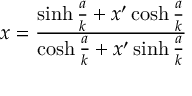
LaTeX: x = { \frac { \sinh { \frac { a } { k } } + x ^ { \prime } \cosh { \frac { a } { k } } } { \cosh { \frac { a } { k } } + x ^ { \prime } \sinh { \frac { a } { k } } } }